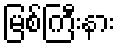
မြစ်ကြီးနား